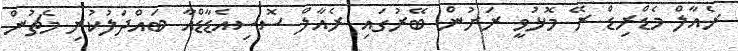
ރެއާލް މެޑްރިޑް ރޭ މޮޅުވީ ރަށުން ބޭރުގައި ރެއާލް ސޮސިއެޑާޑްއާ ބައްދަލުކުރި މެޗުން